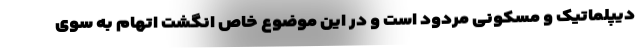
دیپلماتیک و مسکونی مردود است و در این موضوع خاص انگشت اتهام به سوی